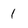
Character: l